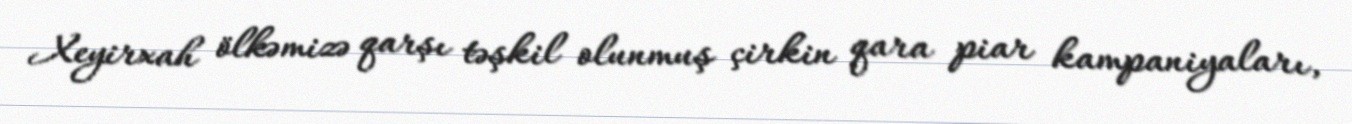
Xeyirxah ölkəmizə qarşı təşkil olunmuş çirkin qara piar kampaniyaları,